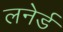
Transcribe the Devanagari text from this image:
लनेर्ड